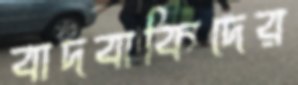
বাদবাকিদের